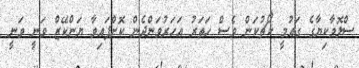
ސްލޮވާކިޔާގެ ގައުމީ ކޯޗުކަން ވެސް ހަތަރު އަހަރުވަންދެން ކޮށްފައިވާ ޔަންކޭޒް ވަނީ ވަނީ